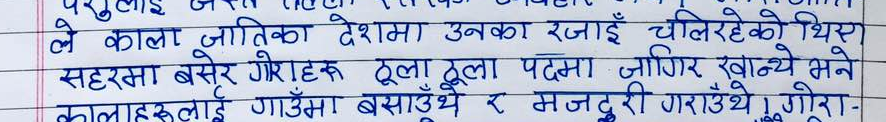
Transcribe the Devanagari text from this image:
ले काला जातिका देशमा उनका रजाईँ चलिरहेको थियो।
सहरमा बसेर गोराहरू ठूला ठूला पदमा जिगिर खान्थे भने
कालाहरूलाई गाउँमा बसाउँथे र मजदुरी गराउँथे। गोरा-